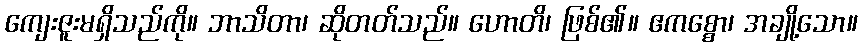
ကျေးဇူးမရှိသည်ကို။ ဘာသိတာ၊ ဆိုတတ်သည်။ ဟောတိ၊ ဖြစ်၏။ ဧကစ္စော၊ အချို့သော။